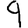
Digit: 9